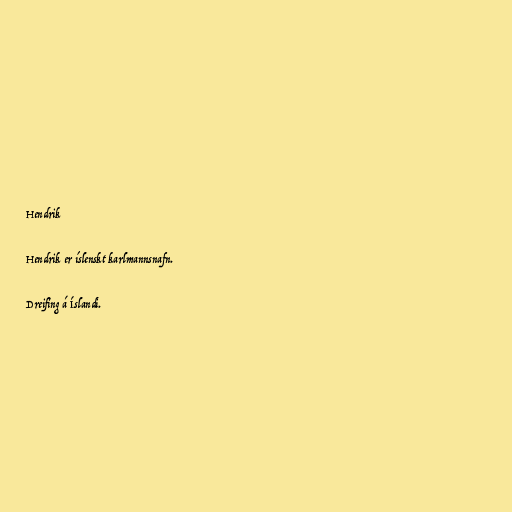
Hendrik

Hendrik er íslenskt karlmannsnafn.

Dreifing á Íslandi.